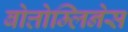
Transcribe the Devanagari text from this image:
बोत्तोम्लिनेस